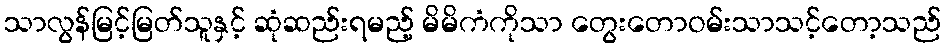
သာလွန်မြင့်မြတ်သူနှင့် ဆုံဆည်းရမည့် မိမိကံကိုသာ တွေးတောဝမ်းသာသင့်တော့သည်